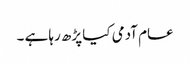
عام آدمی کیا پڑھ رہا ہے ۔